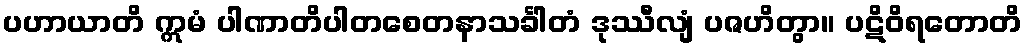
ပဟာယာတိ ဣမံ ပါဏာတိပါတစေတနာသင်္ခါတံ ဒုဿီလျံ ပဇဟိတွာ။ ပဋိဝိရတောတိ